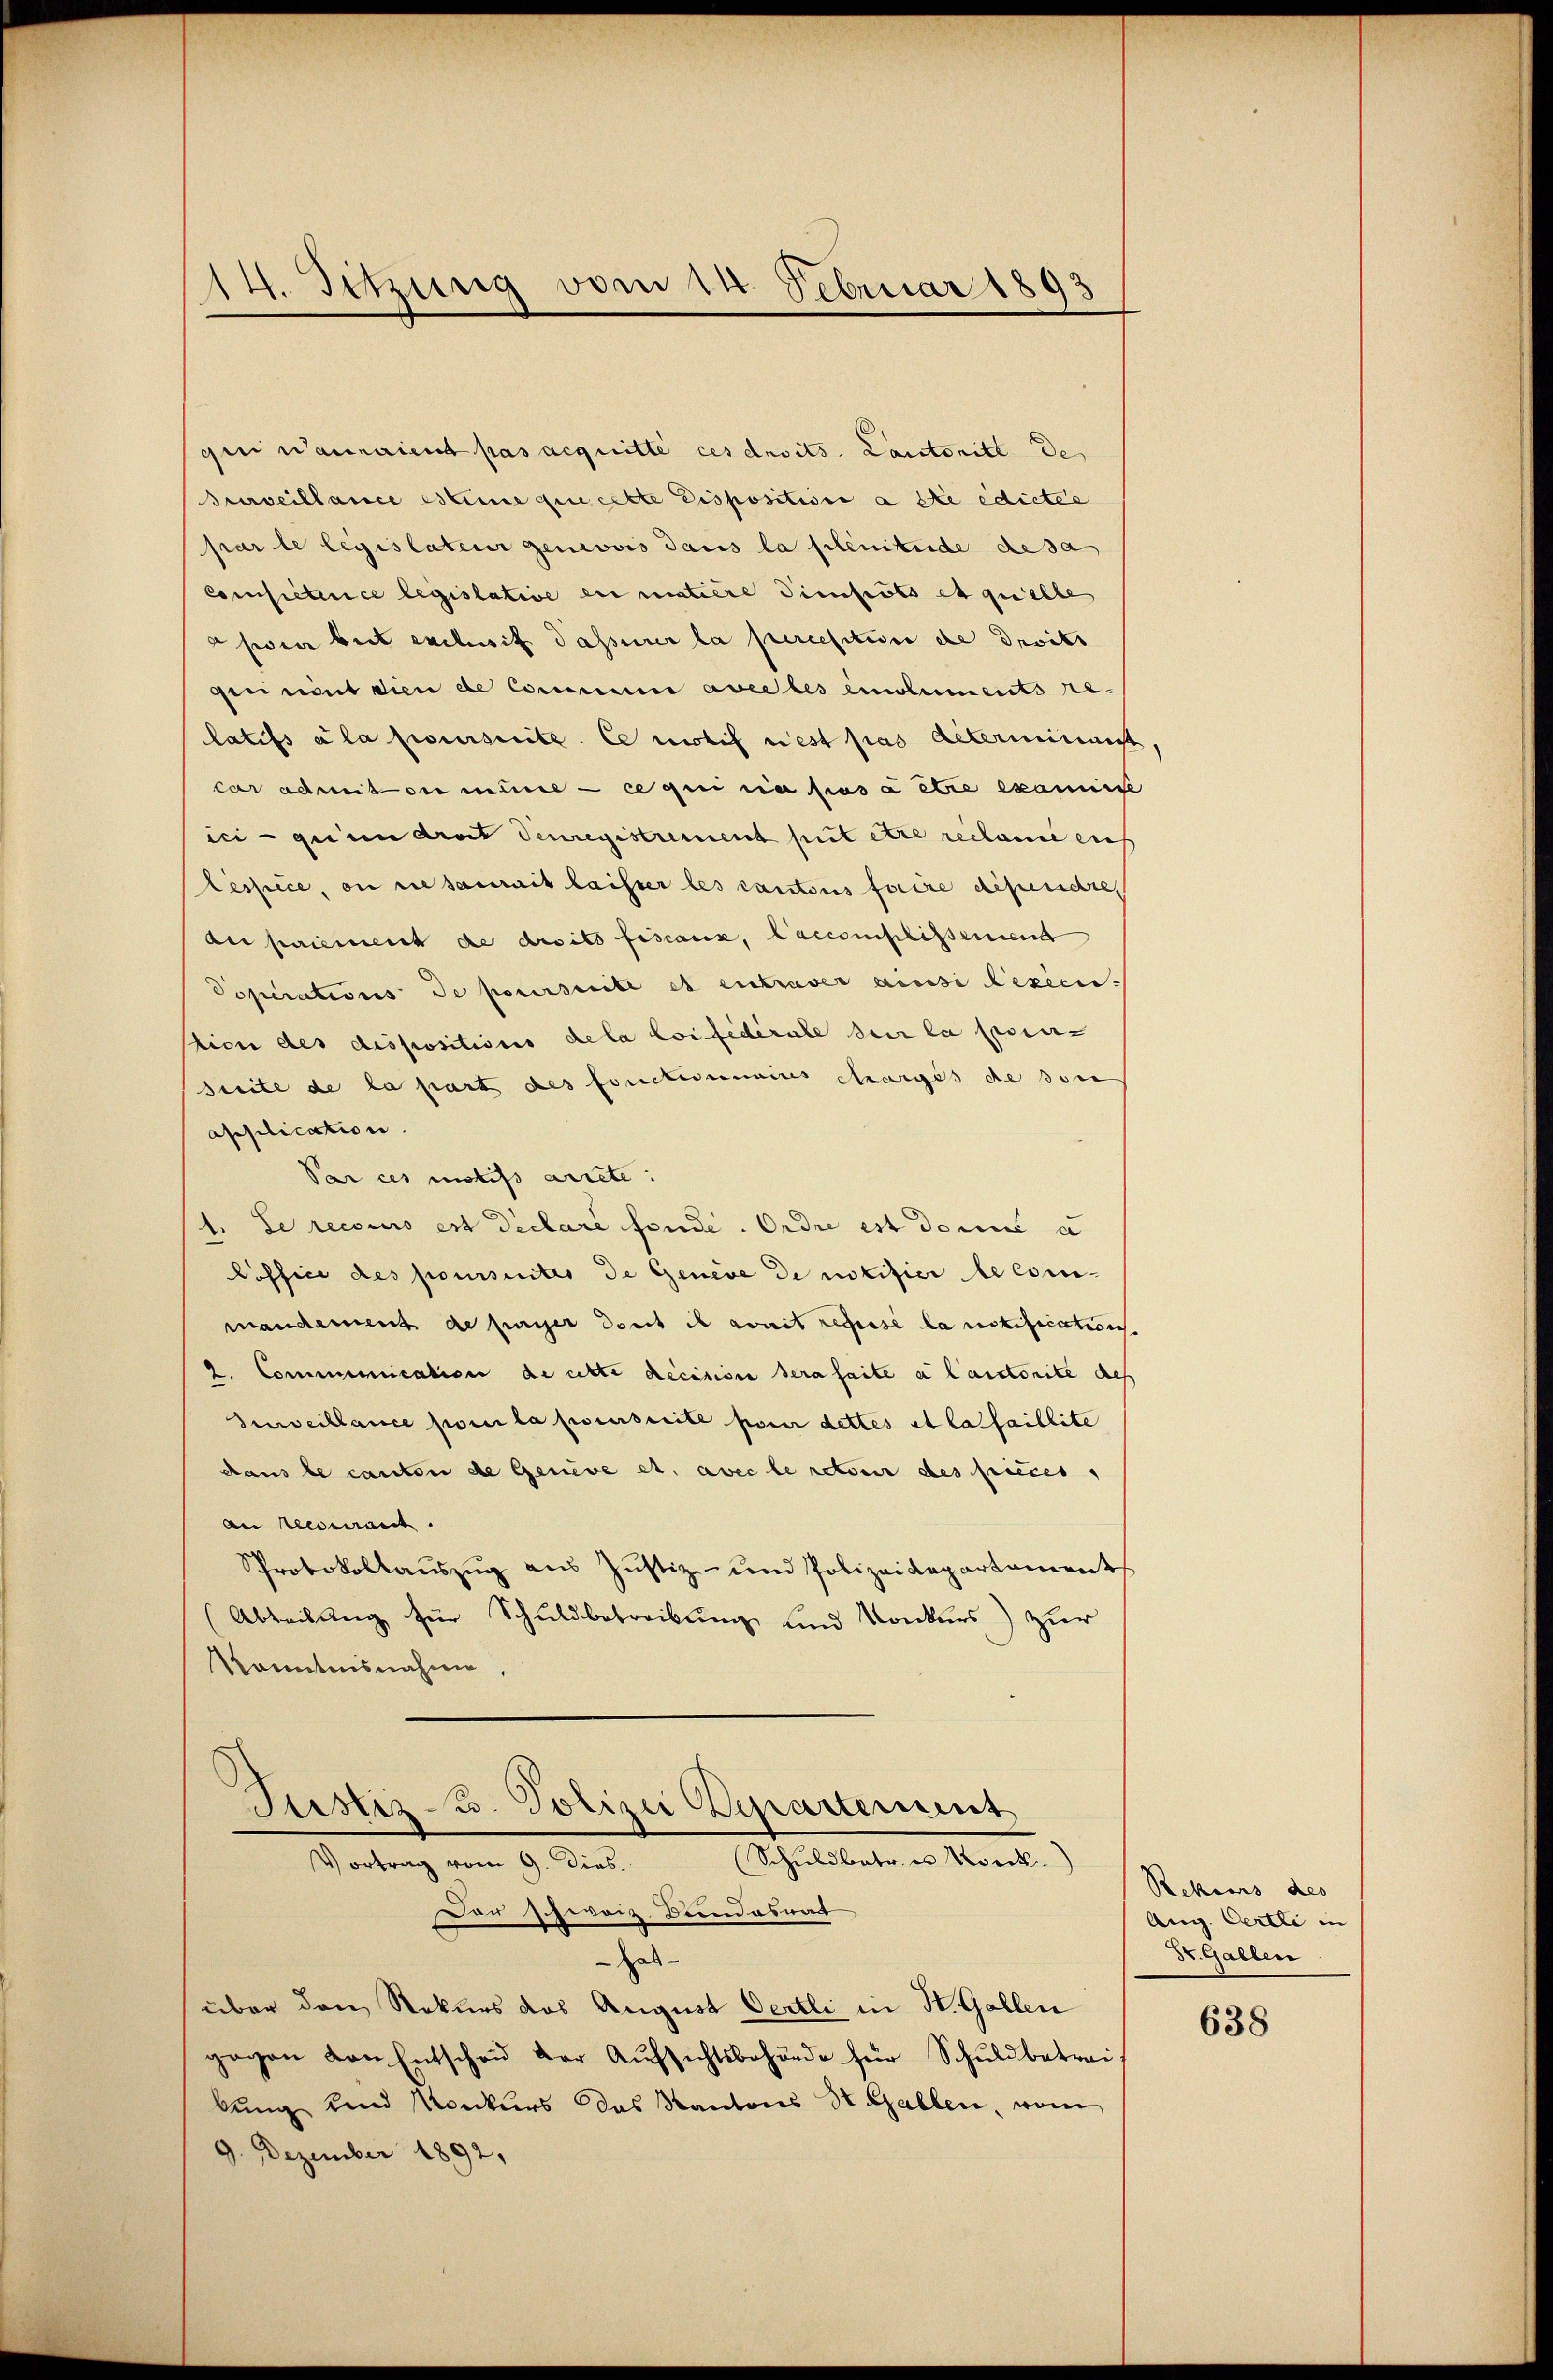
14. Sitzung vom 14. Februar 1893

gini Wannaient pas acquitte ces ansits. Lautoritt de
Purveillance estime que cette Disposition a die edictie
par le legislateur genevois dans la plenitende desa
Consisterce legislative er matiere Piepots et quelle
feier beit exclif dasserer la percesition de droits
gereint dien de Commini avec les emoluments relatifs à la prescrite. Ce motif nest pas acterminent
car admiton minde ce qui a pas aitre examinse
ici qu’un drait denregistrement put être reclame aus
Lespice, on riesaurait laisser les cantons faire dependre,
du priement de droits fiscauz, Caccomplissemend
Soperations de poursuite et entraver ainsi lesen.
tion des dispositionis de la loi fédérale der la lesen
Seite de la part des fonctisemaines charges de son
application.
Par ces intifs arrete
1. Le recours est Declare fonde. Ordre est donne a
Poffice des poursuites de Genere de notifier le commandament de fugger dort es avait represe la notification
2. Communication de cette decision sera saite a laistorite de
Zurveillance pour la prescrite pour dettes et laisaillite
dans le canton de Geneve es, avec le retour des pieces
an recourant.
Protokollaŭszŭg aŭs Justiz- und Polizeidepartament
(Abteilung für Schuldbetreibŭng und Konkurs) zur
kanntnisnahme,

Justiz 3. Polizei Departement
(Schuldbetr. u Korck
Vortrag vom 9. dies.
Der schweiz. Bundesrat

Hab-
über den Rekurs das August Oertli in St. Gallen
gegen von Entschaŭ der Aŭfsichtsbehörde für Schuldbetrai
lung und Konkurs das Kantons St. Gallen, vom
9. Dezember 1892,

Rektors des
Aug. Certli in |
St. Gallen

638